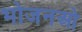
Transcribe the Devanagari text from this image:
भोजनओ